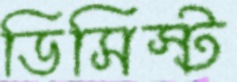
ডিসিস্ট